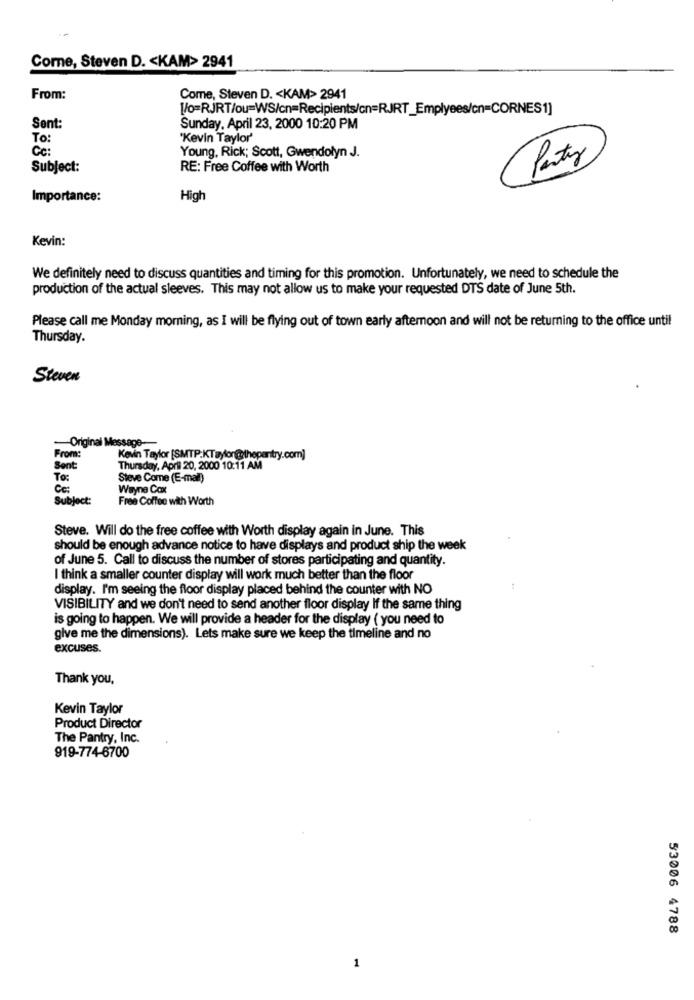
Come, Steven D. < KAM> 2941
From:
Come, Steven D. < KAM> 2941
[/o=RJRT/ou=WS/cn=Recipients/cn=RJRT_Emplyees/cn=CORNES1]
Sent:
Sunday, April 23, 2000 10:20 PM
To:
"Kevin Taylor'
Cc:
Young, Rick; Scott, Gwendolyn J.
Party
Subject:
RE: Free Coffee with Worth
Importance:
High
Kevin:
We definitely need to discuss quantities and timing for this promotion. Unfortunately, we need to schedule the
production of the actual sleeves. This may not allow us to make your requested DTS date of June 5th.
Please call me Monday morning, as I will be flying out of town early afternoon and will not be returning to the office until
Thursday.
Steven
-Original Message-
From:
Kevin Taylor [SMTP:KTaylor@thepantry.com]
Sent
Thursday, April 20, 2000 10:11 AM
To:
Steve Come (E-mail)
Ce:
Wayne Cox
Subject:
Free Coffee with Worth
Steve. Will do the free coffee with Worth display again in June. This
should be enough advance notice to have displays and product ship the week
of June 5. Call to discuss the number of stores participating and quantity.
I think a smaller counter display will work much better than the floor
display. I'm seeing the floor display placed behind the counter with NO
VISIBILITY and we don't need to send another floor display If the same thing
is going to happen. We will provide a header for the display ( you need to
give me the dimensions). Lets make sure we keep the timeline and no
excuses.
Thank you.
Kevin Taylor
Product Director
The Pantry, Inc.
919-774-6700
53006 4788
1